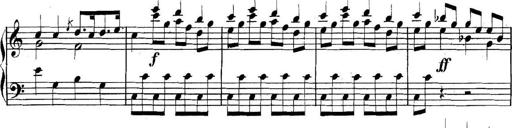
Title: Collected Piano Sonatas
Composer: Muzio Clementi